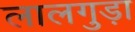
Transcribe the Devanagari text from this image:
लालगुड़ा